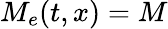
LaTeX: M_{e}(t,x)=M